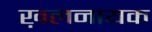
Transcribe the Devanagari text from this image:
ख़लनायक